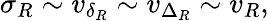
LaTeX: \sigma_{R}\sim v_{\delta_{R}}\sim v_{\Delta_{R}}\sim v_{R},